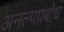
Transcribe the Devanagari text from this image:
अनल्पप्रबोध